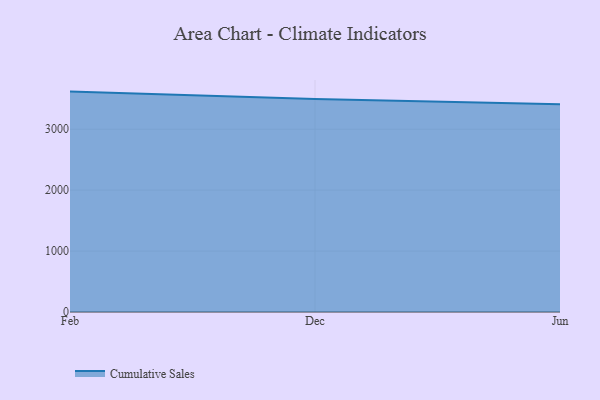
{"axis": {"x": "Month", "y": "Active Users"}, "legend": ["Cumulative Sales"], "data": [{"x": "Feb", "y": 3617.4, "type": "Cumulative Sales"}, {"x": "Dec", "y": 3495.7, "type": "Cumulative Sales"}, {"x": "Jun", "y": 3408.0, "type": "Cumulative Sales"}]}